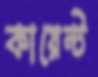
কায়েন্ট